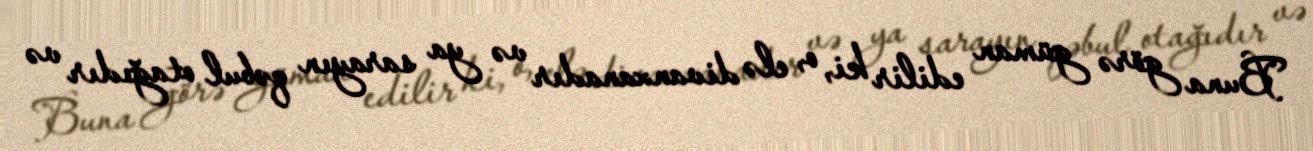
Buna görə güman edilir ki, o, elə divanxanadır və ya sarayın qəbul otağıdır və